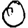
Digit: 0